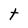
Character: t